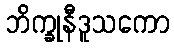
ဘိက္ခုနီဒူသကော